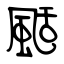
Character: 颳